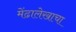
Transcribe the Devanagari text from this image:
मेंढालेखाचा